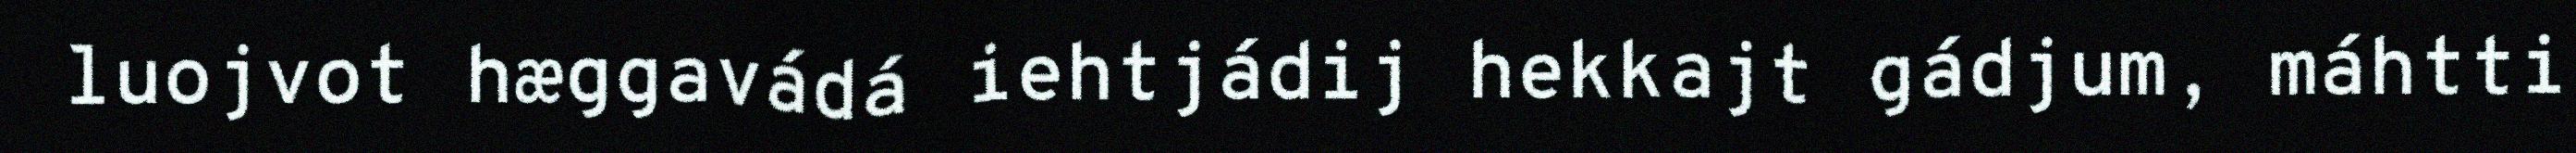
luojvot hæggavádá iehtjádij hekkajt gádjum, máhtti